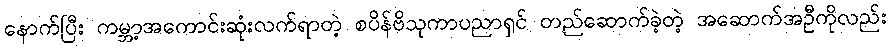
နောက်ပြီး ကမ္ဘာ့အကောင်းဆုံးလက်ရာတဲ့ စပိန်ဗိသုကာပညာရှင် တည်ဆောက်ခဲ့တဲ့ အဆောက်အဦကိုလည်း